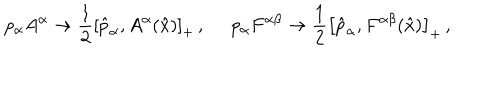
p _ { \alpha } A ^ { \alpha } \rightarrow \frac { 1 } { 2 } \left[ \hat { p } _ { \alpha } , A ^ { \alpha } ( \hat { x } ) \right] _ { + } \, , \, \, \, \, \, \, \, \, p _ { \alpha } F ^ { \alpha \beta } \rightarrow \frac { 1 } { 2 } \left[ \hat { p } _ { \alpha } , F ^ { \alpha \beta } ( \hat { x } ) \right] _ { + } \, ,